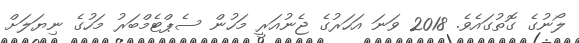
ލޯނުގެ ގޮތުގައެވެ. 2018 ވަނަ އަހަރުގެ ޖެނުއަރީ މަހުން ސެޕްޓެމްބަރު މަހުގެ ނިޔަލަށް